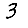
Digit: 3